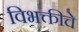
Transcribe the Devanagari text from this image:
विभक्तीचे